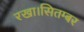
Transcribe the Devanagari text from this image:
रखा।सितम्बर